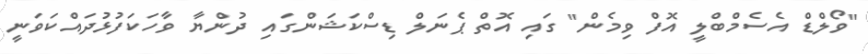
"ވޯލްޑް އެސެމްބްލީ އޮފް ވިމެން" ގައި އޮތް ޕެނަލް ޑިސްކަޝަންގައި ދުންޔާ ވާހަކަފުޅުދައްކަވަނީ